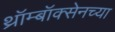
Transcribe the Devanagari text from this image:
थ्रॉम्बॉक्सेनच्या